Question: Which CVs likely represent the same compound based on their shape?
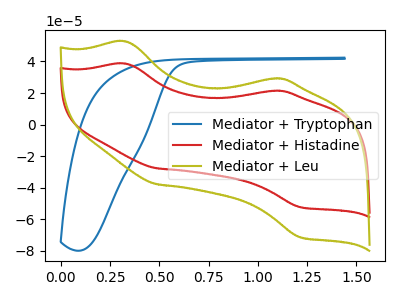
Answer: <think>The blue curve "Mediator + Tryptophan" has no peaks. The red curve "Mediator + Histadine" has anodic peaks at (0.35V, 38.60uA) (1.05V, 21.40uA) and cathodic peaks at (0.50V, -27.65uA) (1.20V, -52.30uA). The olive curve "Mediator + Leu" has anodic peaks at (0.35V, 52.70uA) (1.05V, 29.20uA) and cathodic peaks at (0.50V, -37.75uA) (1.20V, -71.40uA).
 "Mediator + Tryptophan" and "Mediator + Histadine" have a different number of peaks. "Mediator + Tryptophan" and "Mediator + Leu" have a different number of peaks. All the peaks in "Mediator + Histadine" have a peak in "Mediator + Leu" at the same potential. Every peak in "Mediator + Histadine" is lower than every peak in "Mediator + Leu".</think>
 <answer>"Mediator + Leu" and "Mediator + Histadine" have the same shape and are likely CV's of the same chemical.</answer>
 <eval>"Mediator + Leu" "Mediator + Histadine"</eval>